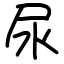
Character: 尿